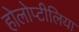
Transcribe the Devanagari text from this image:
होलोप्टीलिया